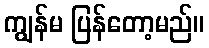
ကျွန်မ ပြန်တော့မည်။